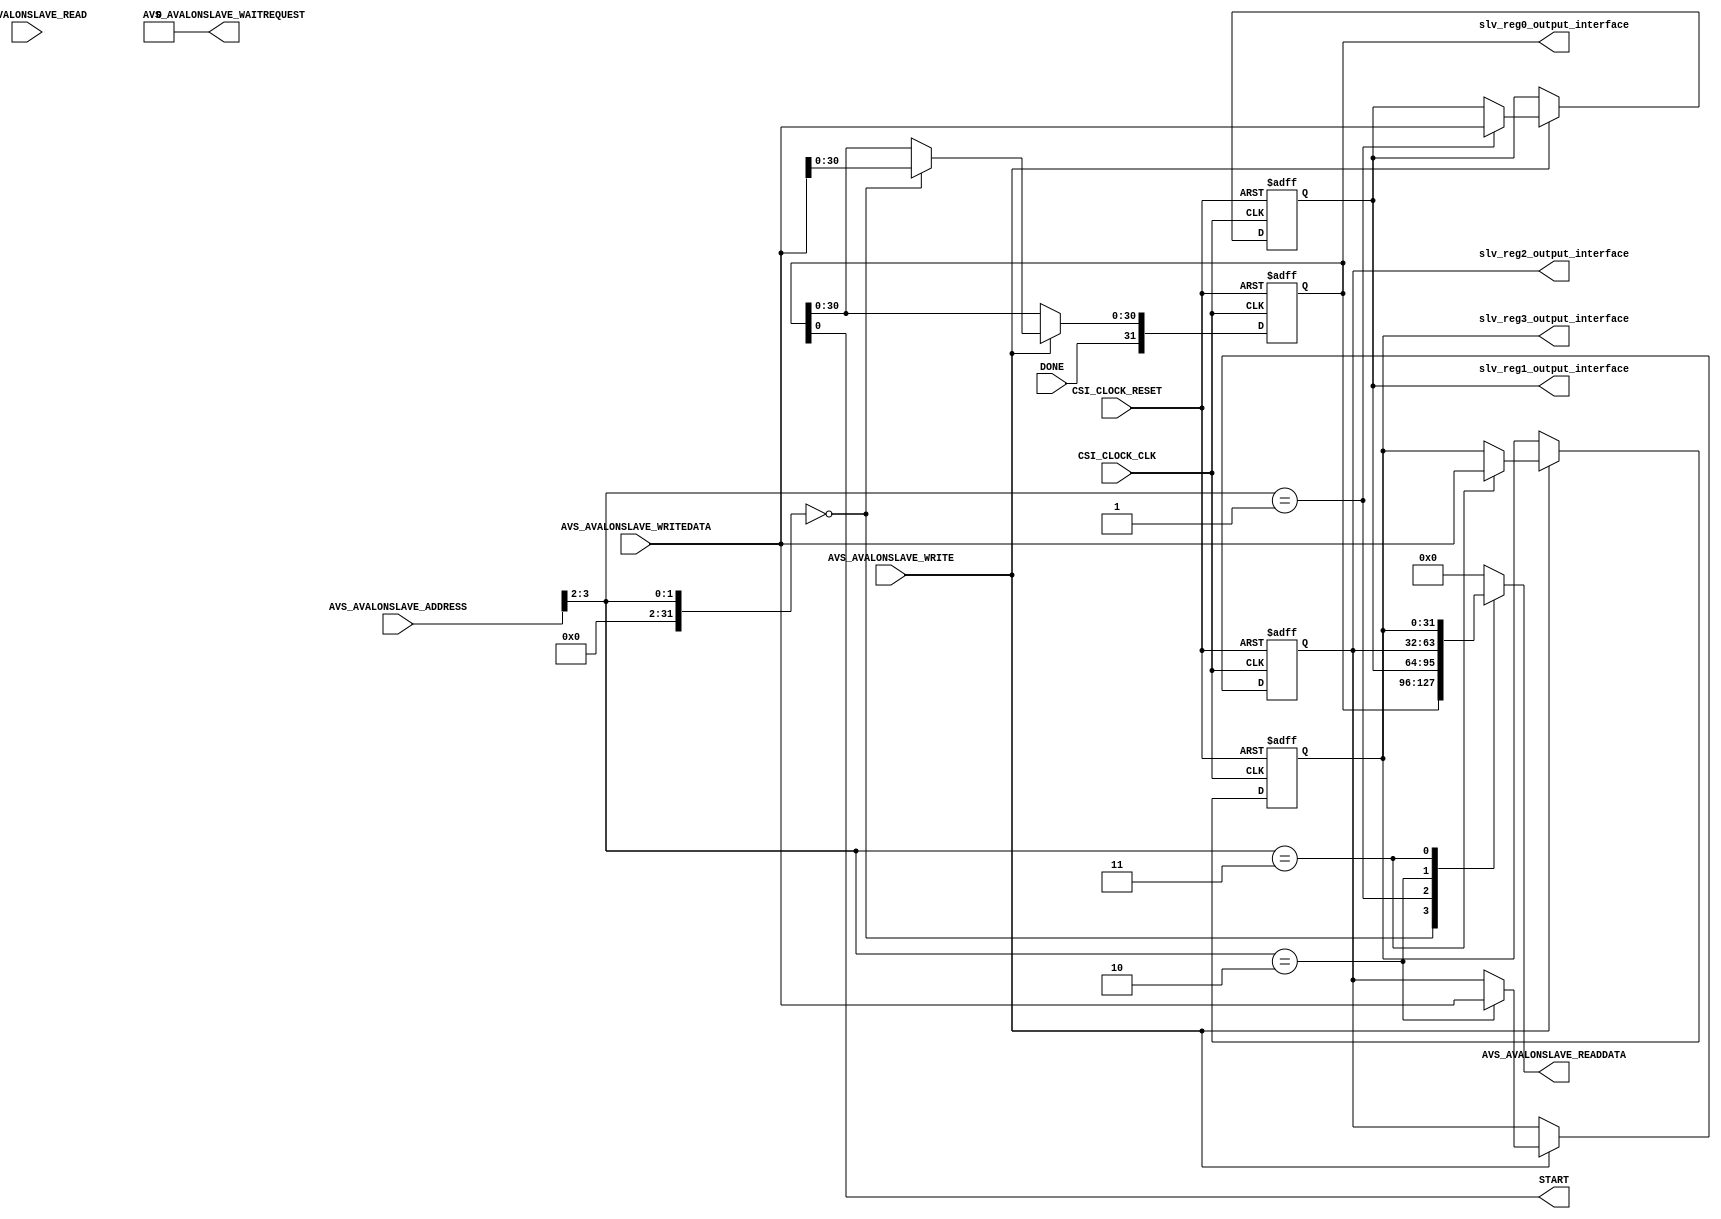
module AVS_AVALONSLAVE #
(
  // you can add parameters here
  // you can change these parameters
  parameter integer AVS_AVALONSLAVE_DATA_WIDTH = 32,
  parameter integer AVS_AVALONSLAVE_ADDRESS_WIDTH = 4
)
(
  // user ports begin
  output [AVS_AVALONSLAVE_DATA_WIDTH - 1:0] slv_reg0_output_interface,
  output [AVS_AVALONSLAVE_DATA_WIDTH - 1:0] slv_reg1_output_interface,
  output [AVS_AVALONSLAVE_DATA_WIDTH - 1:0] slv_reg2_output_interface,
  output [AVS_AVALONSLAVE_DATA_WIDTH - 1:0] slv_reg3_output_interface,
  output wire START,
  input wire DONE,

  // user ports end
  // dont change these ports
  //output [AVS_AVALONSLAVE_DATA_WIDTH-1:0]COE_CONDUIT_REG0,
  input wire CSI_CLOCK_CLK,
  input wire CSI_CLOCK_RESET,
  input wire [AVS_AVALONSLAVE_ADDRESS_WIDTH - 1:0] AVS_AVALONSLAVE_ADDRESS,
  output wire AVS_AVALONSLAVE_WAITREQUEST,
  input wire AVS_AVALONSLAVE_READ,
  input wire AVS_AVALONSLAVE_WRITE,
  output wire [AVS_AVALONSLAVE_DATA_WIDTH - 1:0] AVS_AVALONSLAVE_READDATA,
  input wire [AVS_AVALONSLAVE_DATA_WIDTH - 1:0] AVS_AVALONSLAVE_WRITEDATA
);

  // output wires and registers
  // you can change name and type of these ports
  wire start;

  wire wait_request;
  assign wait_request = 1'b0;
  reg [AVS_AVALONSLAVE_DATA_WIDTH - 1:0] read_data;

  // these are slave registers. they MUST be here!
  reg [AVS_AVALONSLAVE_DATA_WIDTH - 1:0] slv_reg0;
  reg [AVS_AVALONSLAVE_DATA_WIDTH - 1:0] slv_reg1;
  reg [AVS_AVALONSLAVE_DATA_WIDTH - 1:0] slv_reg2;
  reg [AVS_AVALONSLAVE_DATA_WIDTH - 1:0] slv_reg3;
  //assign COE_CONDUIT_REG0 = slv_reg0;

  // I/O assignment
  // never directly send values to output
  assign START = start;

  assign AVS_AVALONSLAVE_WAITREQUEST = wait_request;
  assign AVS_AVALONSLAVE_READDATA = read_data;

  assign slv_reg0_output_interface = slv_reg0;
  assign slv_reg1_output_interface = slv_reg1;
  assign slv_reg2_output_interface = slv_reg2;
  assign slv_reg3_output_interface = slv_reg3;

  assign start = slv_reg0[0];

  // it is an example and you can change it or delete it completely
  always @(posedge CSI_CLOCK_CLK, posedge CSI_CLOCK_RESET)
  begin
    if(CSI_CLOCK_RESET == 1)
    begin
      slv_reg0 <= 0;
      slv_reg1 <= 0;
      slv_reg2 <= 0;
      slv_reg3 <= 0;
    end
    else  begin
      slv_reg0[31] <= DONE;
      if(AVS_AVALONSLAVE_WRITE) begin
        // address is bytewise, it must be devided by 4
        case(AVS_AVALONSLAVE_ADDRESS >> 2)
        0: slv_reg0[30:0] <= AVS_AVALONSLAVE_WRITEDATA[30:0];
        1: slv_reg1 <= AVS_AVALONSLAVE_WRITEDATA;
        2: slv_reg2 <= AVS_AVALONSLAVE_WRITEDATA;
        3: slv_reg3 <= AVS_AVALONSLAVE_WRITEDATA;
        default:
        begin
          slv_reg0[30:0] <= slv_reg0[30:0];
          slv_reg1 <= slv_reg1;
          slv_reg2 <= slv_reg2;
          slv_reg3 <= slv_reg3;
        end
        endcase
      end
    end
  end

  always @(*) begin
    case(AVS_AVALONSLAVE_ADDRESS >> 2)
      0:  read_data = slv_reg0;
      1:  read_data = slv_reg1;
      2:  read_data = slv_reg2;
      3:  read_data = slv_reg3;
      default :  read_data = {AVS_AVALONSLAVE_DATA_WIDTH{1'b0}};
    endcase
  end

endmodule